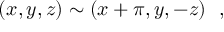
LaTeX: ( x , y , z ) \sim ( x + \pi , y , - z ) \ \ ,